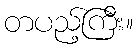
တပည့်ကြီး။